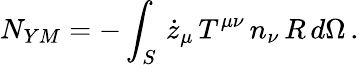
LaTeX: N_{YM}=-\int_{S}\, \dot{z}_{\mu}\, T^{\mu\nu}\, n_{\nu}\, R\, d\Omega\, .